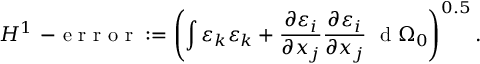
H ^ { 1 } \mathrm { ~ - ~ e ~ r ~ r ~ o ~ r ~ } : = \left( \int \varepsilon _ { k } \varepsilon _ { k } + \frac { \partial \varepsilon _ { i } } { \partial x _ { j } } \frac { \partial \varepsilon _ { i } } { \partial x _ { j } } \ \mathrm { ~ d ~ } \Omega _ { 0 } \right) ^ { 0 . 5 } .